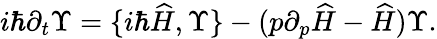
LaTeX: i\hbar\partial_{t}\Upsilon=\{ i\hbar\widehat{H},\Upsilon\} -(p\partial_{p}\widehat{H}-\widehat{H})\Upsilon.